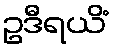
ဥဒီရယိံ